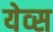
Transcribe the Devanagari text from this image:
येव्स